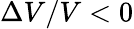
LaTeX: \Delta V/V<0